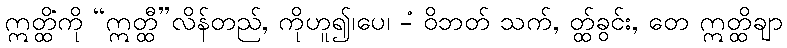
ဣတ္ထိံကို “ဣတ္ထီ”လိန်တည်, ကိုဟူ၍၊ပေ၊ -ံ ဝိဘတ် သက်, တ္ထ်ခွင်း, တေ ဣတ္ထိချာ